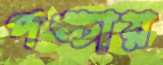
পঙ্চায়